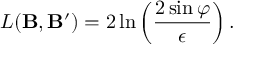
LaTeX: L ( { \bf B } , { \bf B ^ { \prime } } ) = 2 \ln \left( \frac { 2 \sin \varphi } { \epsilon } \right) .